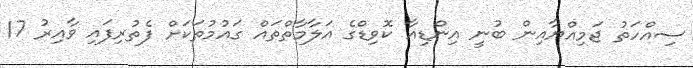
ސިއްހަތު ޖަމިއްޔާއިން ބުނީ އިންޑިއާ ކޮވިޑްގެ އަލާމާތްތައް ގައުމުތަކަށް ފެތުރިފައި ވާއިރު 17